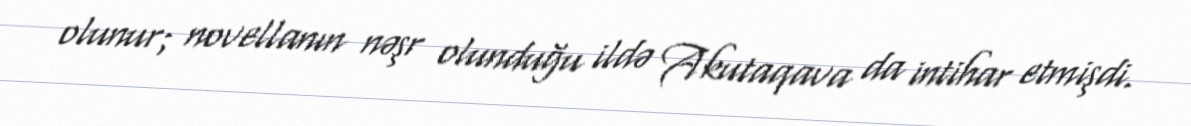
olunur; novellanın nəşr olunduğu ildə Akutaqava da intihar etmişdi.